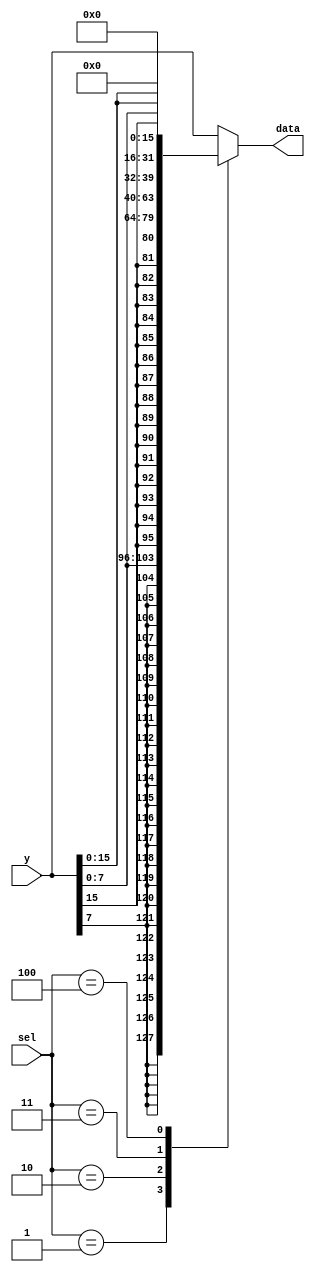

// load_extend.v - logic for extending the data and addr for loading word, half and byte


module load_extend (
    input [31:0] y,
    input [ 2:0] sel,
    output reg [31:0] data
);

always @(*) begin
    case (sel)
    3'b001: data = {{24{y[7]}}, y[7:0]}; //lb-s
    3'b010: data = {{16{y[15]}}, y[15:0]}; //lh-s
    3'b000: data = y; //lw
    3'b011: data = {24'b0, y[7:0]}; //lb-u
    3'b100: data = {16'b0, y[15:0]}; //lh-u
    default: data = y; //lw
    endcase
end

endmodule